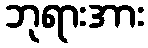
ဘုရားအား